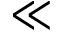
\ll